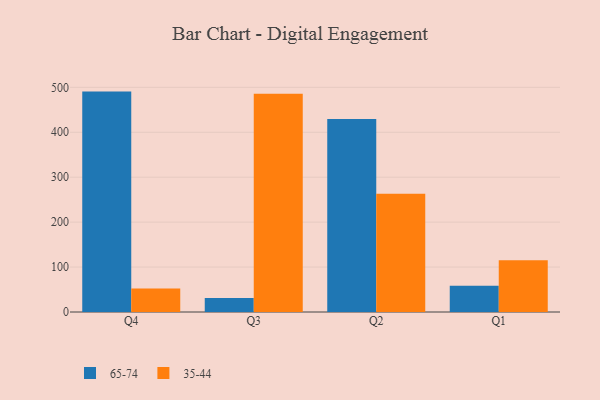
{"axis": {"x": "Quarter", "y": "Budget (USD K)"}, "legend": ["35-44", "65-74"], "data": [{"x": "Q4", "y": 490.5, "type": "65-74"}, {"x": "Q4", "y": 52.5, "type": "35-44"}, {"x": "Q3", "y": 31.3, "type": "65-74"}, {"x": "Q3", "y": 485.7, "type": "35-44"}, {"x": "Q2", "y": 429.5, "type": "65-74"}, {"x": "Q2", "y": 263.0, "type": "35-44"}, {"x": "Q1", "y": 58.6, "type": "65-74"}, {"x": "Q1", "y": 115.0, "type": "35-44"}]}